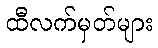
ထီလက်မှတ်များ